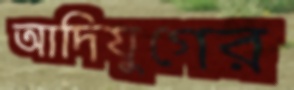
আদিযুগের